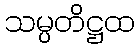
သမ္ပတိဋ္ဌထ